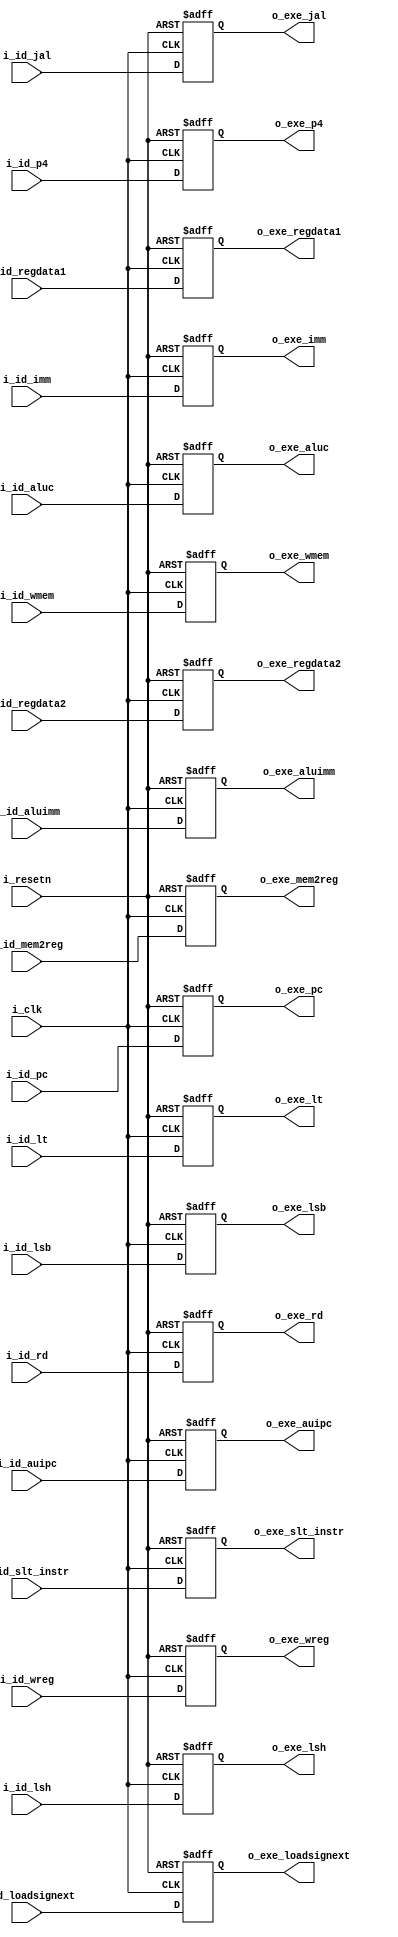
`timescale 1ns / 1ps

module id_exe_reg(
    input wire i_clk, i_resetn,
    // Control signals from ID stage
    input wire i_id_mem2reg, i_id_wmem, i_id_aluimm, i_id_slt_instr, i_id_wreg, i_id_auipc, i_id_lsb, i_id_lsh, i_id_loadsignext, i_id_jal,
    input wire [5:0] i_id_aluc,
    // Data from ID stage 
    input wire i_id_lt,  // less-than result
    input wire [4:0] i_id_rd,
    input wire [31:0] i_id_pc, i_id_regdata1, i_id_regdata2, i_id_imm, i_id_p4,
    // Control signals to EXE stage
    output reg o_exe_mem2reg, o_exe_wmem, o_exe_aluimm, o_exe_slt_instr, o_exe_wreg, o_exe_auipc, o_exe_lsb, o_exe_lsh, o_exe_loadsignext, o_exe_jal,
    output reg [5:0] o_exe_aluc, 
    // Data to EXE stage
    output reg o_exe_lt,
    output reg [4:0] o_exe_rd,
    output reg [31:0] o_exe_pc, o_exe_regdata1, o_exe_regdata2, o_exe_imm, o_exe_p4
);

    always @(posedge i_clk or negedge i_resetn)
    begin
        if (!i_resetn)
        begin
        // control signals
        o_exe_mem2reg     <= 0;
        o_exe_wmem        <= 0;
        o_exe_aluc        <= 6'b000000;
        o_exe_aluimm      <= 0;
        o_exe_slt_instr   <= 0; 
        o_exe_wreg        <= 0;
        o_exe_auipc       <= 0;
        o_exe_lsb         <= 0;
        o_exe_lsh         <= 0;
        o_exe_loadsignext <= 0;
        o_exe_jal         <= 0;
        // data signals
        o_exe_lt          <= 0;
        o_exe_pc          <= 0;
        o_exe_regdata1    <= 'b0;
        o_exe_regdata2    <= 'b0;
        o_exe_rd          <= 'b0;
        o_exe_imm         <= 'b0;
        o_exe_p4          <= 'b0;
        end

        else
        begin
        // control signals
        o_exe_mem2reg     <= i_id_mem2reg;
        o_exe_wmem        <= i_id_wmem;
        o_exe_aluc        <= i_id_aluc;
        o_exe_aluimm      <= i_id_aluimm;
        o_exe_slt_instr   <= i_id_slt_instr; 
        o_exe_wreg        <= i_id_wreg;
        o_exe_auipc       <= i_id_auipc;
        o_exe_lsb         <= i_id_lsb;
        o_exe_lsh         <= i_id_lsh;
        o_exe_loadsignext <= i_id_loadsignext;
        o_exe_jal         <= i_id_jal;
        // data signals
        o_exe_lt          <= i_id_lt;
        o_exe_pc          <= i_id_pc;
        o_exe_regdata1    <= i_id_regdata1;
        o_exe_regdata2    <= i_id_regdata2;
        o_exe_rd          <= i_id_rd;
        o_exe_imm         <= i_id_imm;
        o_exe_p4          <= i_id_p4;
        end
    end

endmodule